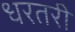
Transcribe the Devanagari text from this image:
धरतरी